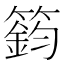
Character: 𥳾